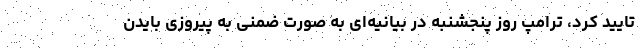
تایید کرد، ترامپ روز پنجشنبه در بیانیه‌ای به صورت ضمنی به پیروزی بایدن